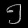
Digit: ၅